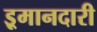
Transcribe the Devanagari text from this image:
इ्रमानदारी